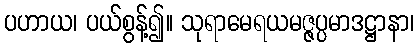
ပဟာယ၊ ပယ်စွန့်၍။ သုရာမေရယမဇ္ဇပ္ပမာဒဋ္ဌာနာ၊